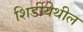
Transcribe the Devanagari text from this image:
शिर्डीयेथील